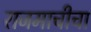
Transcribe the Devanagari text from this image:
राजमाचीचा